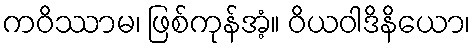
ကဝိဿာမ၊ ဖြစ်ကုန်အံ့။ ဝိယဝါဒိနိယော၊